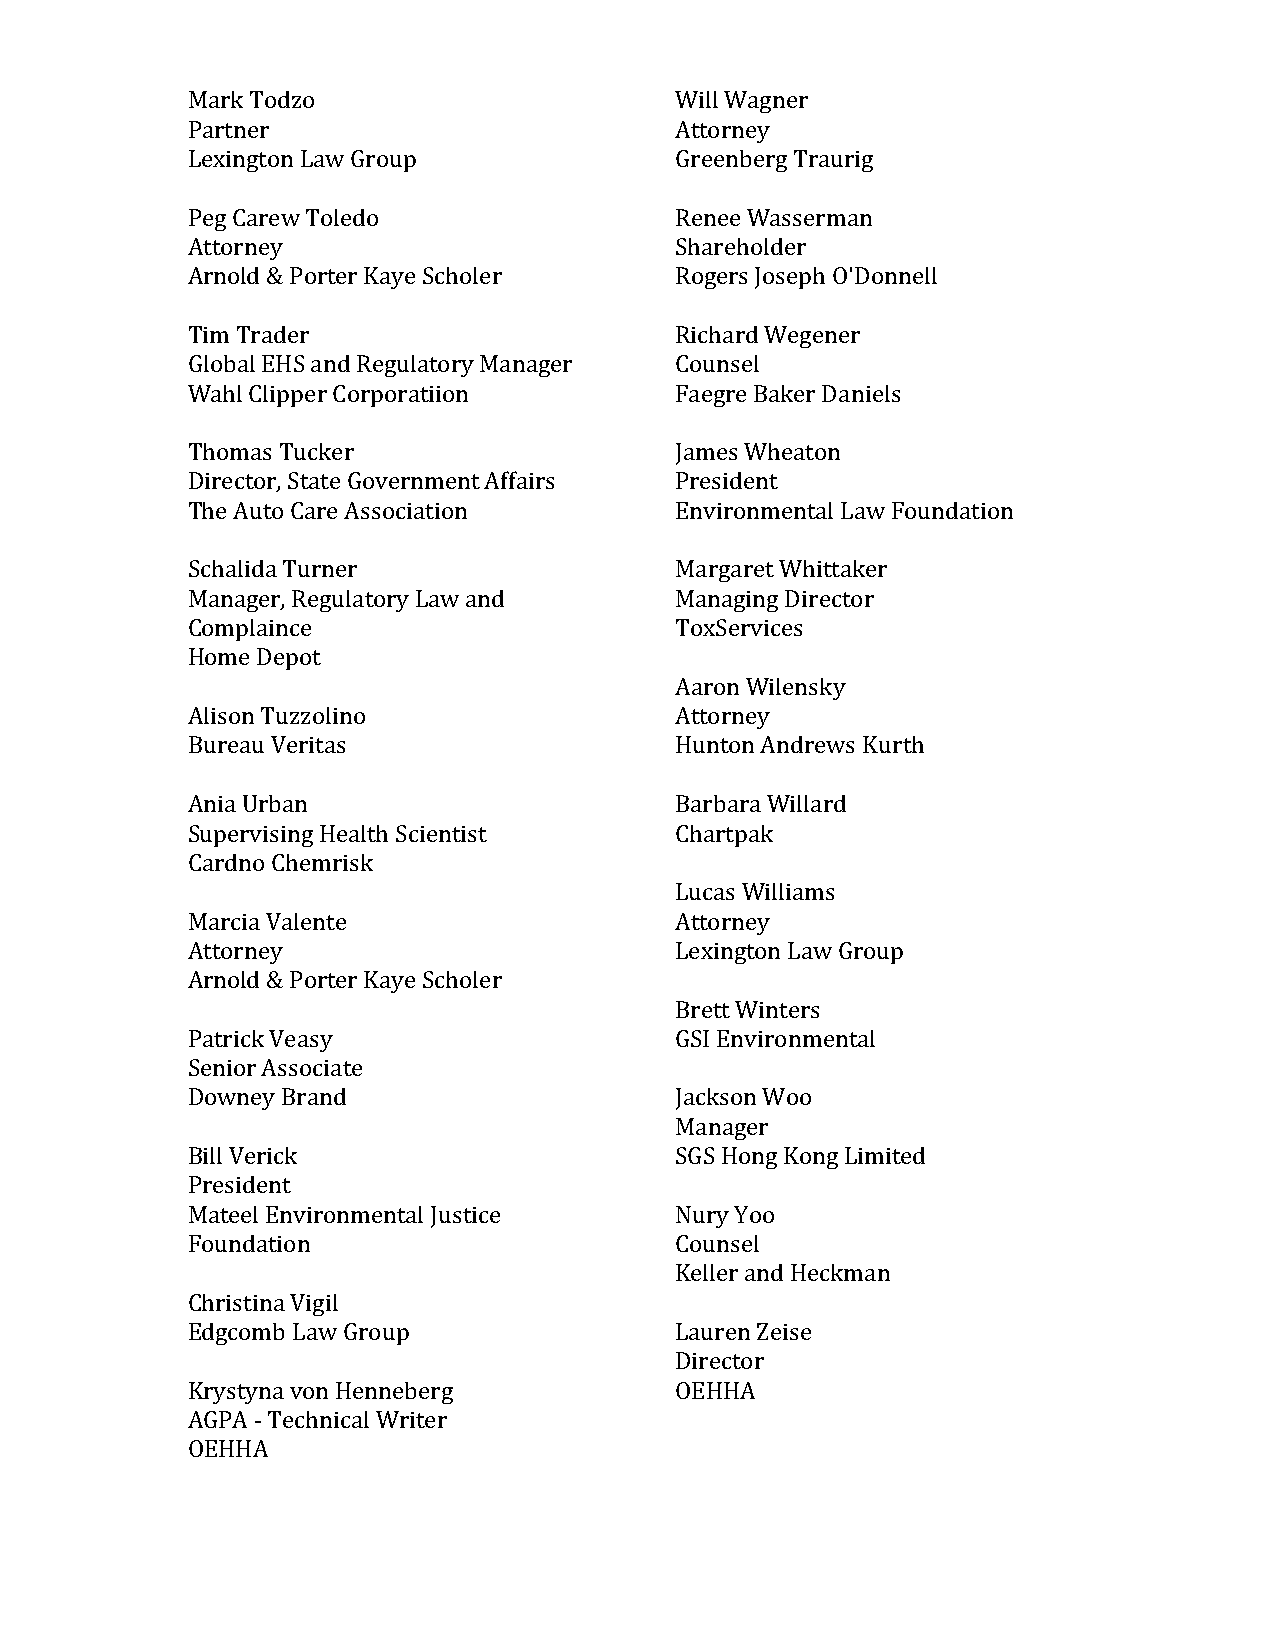
Mark Todzo                       Will Wagner
 Partner                          Attorney
 Lexington Law Group              Greenberg Traurig
 Peg Carew Toledo                 Renee Wasserman
 Attorney                         Shareholder
 Arnold & Porter Kaye Scholer     Rogers Joseph O'Donnell
 Tim Trader                       Richard Wegener
 Global EHS and Regulatory Manager Counsel
 Wahl Clipper Corporatiion        Faegre Baker Daniels
 Thomas Tucker                    James Wheaton
 Director, State Government Affairs President
 The Auto Care Association        Environmental Law Foundation
 Schalida Turner                  Margaret Whittaker
 Manager, Regulatory Law and      Managing Director
 Complaince                       ToxServices
 Home Depot
 Aaron Wilensky
 Alison Tuzzolino                 Attorney
 Bureau Veritas                   Hunton Andrews Kurth
 Ania Urban                       Barbara Willard
 Supervising Health Scientist     Chartpak
 Cardno Chemrisk
 Lucas Williams
 Marcia Valente                   Attorney
 Attorney                         Lexington Law Group
 Arnold & Porter Kaye Scholer
 Brett Winters
 Patrick Veasy                    GSI Environmental
 Senior Associate
 Downey Brand                     Jackson Woo
 Manager
 Bill Verick                      SGS Hong Kong Limited
 President
 Mateel Environmental Justice     Nury Yoo
 Foundation                       Counsel
 Keller and Heckman
 Christina Vigil
 Edgcomb Law Group                Lauren Zeise
 Director
 Krystyna von Henneberg           OEHHA
 AGPA - Technical Writer
 OEHHA